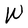
Character: W